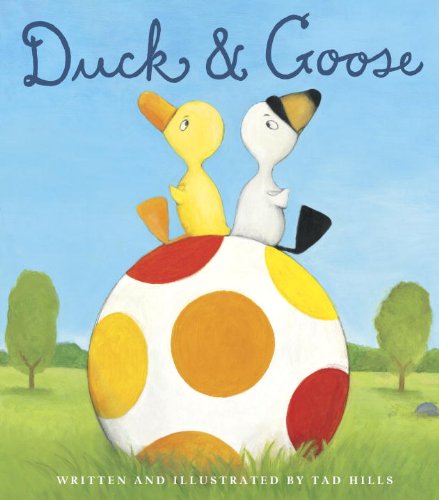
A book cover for Duck & Goose; Tad Hills; Children's Books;